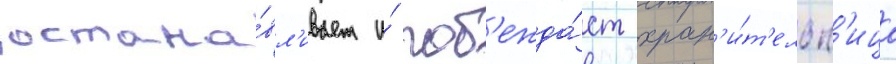
остана́вл'ивает и́ поб'ежда́ет хран'и́т'ельн'ица